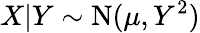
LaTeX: X|Y\sim{\textrm{N}}(\mu,Y^{2})